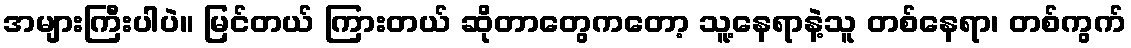
အများကြီးပါပဲ။ မြင်တယ် ကြားတယ် ဆိုတာတွေကတော့ သူ့နေရာနဲ့သူ တစ်နေရာ၊ တစ်ကွက်